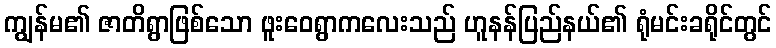
ကျွန်မ၏ ဇာတိရွာဖြစ်သော ဖူးဝေရွာကလေးသည် ဟူနန်ပြည်နယ်၏ ရုံမင်းခရိုင်တွင်